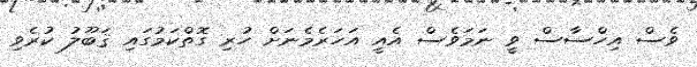
ވެސް އިހްސާސް ވީ ނަމަވެސް އެއީ އަހަރެމެނަށް ހުރި ގޮތްކަމުގައި ޤަބޫލު ކުރެވި